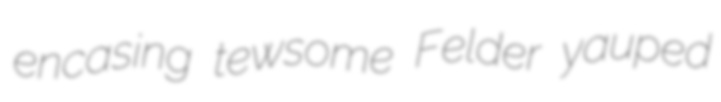
encasing tewsome Felder yauped